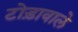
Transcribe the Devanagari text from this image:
टोड़ावाले